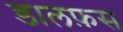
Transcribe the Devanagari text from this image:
डालफ़स